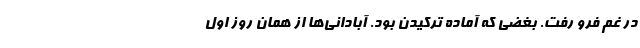
در غم فرو رفت. بغضی که آماده ترکیدن بود. آبادانی‌ها از همان روز اول